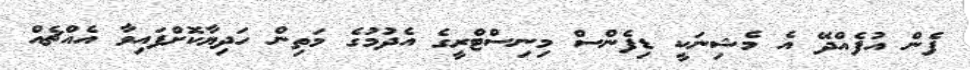
ފެން އުފެއްދޭ އެ މެޝިނަކީ ޑިފެންސް މިނިސްޓްރީގެ އެދުމުގެ މަތިން ހަދިޔާކޮށްފައިވާ އެެއްޗެއް